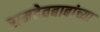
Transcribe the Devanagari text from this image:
रामदेवबाबांच्या